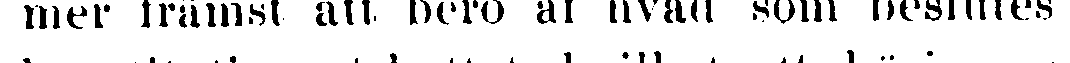
mer främst att bero af hvad som beslutes i